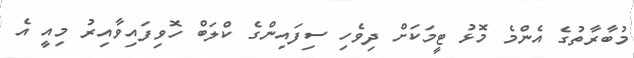
މުބާރާތުގެ އެންމެ މޮޅު ޓީމަކަށް ދިވެހި ސިފައިންގެ ކްލަބް ހޮވިފައިވާއިރު މިއީ އެ